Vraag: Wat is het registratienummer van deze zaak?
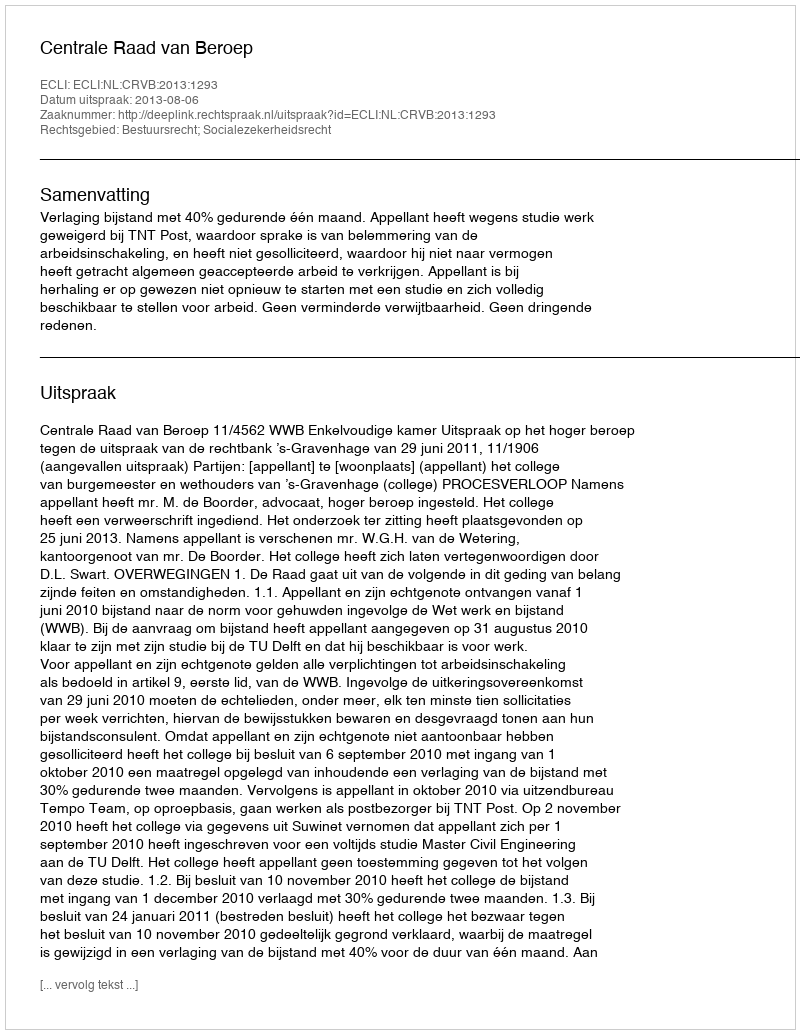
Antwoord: http://deeplink.rechtspraak.nl/uitspraak?id=ECLI:NL:CRVB:2013:1293